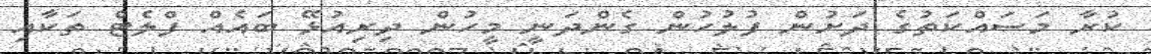
ކުރާ މަސައްކަތުގެ ދަށުން ފުލުހުން ގެންދަނީ މީހުން ދިރިއުޅޭ ބައެއް ފްލެޓް ތަކާއި